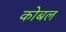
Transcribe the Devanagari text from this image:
कोबल